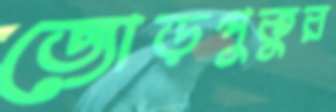
জোড়পুকুর